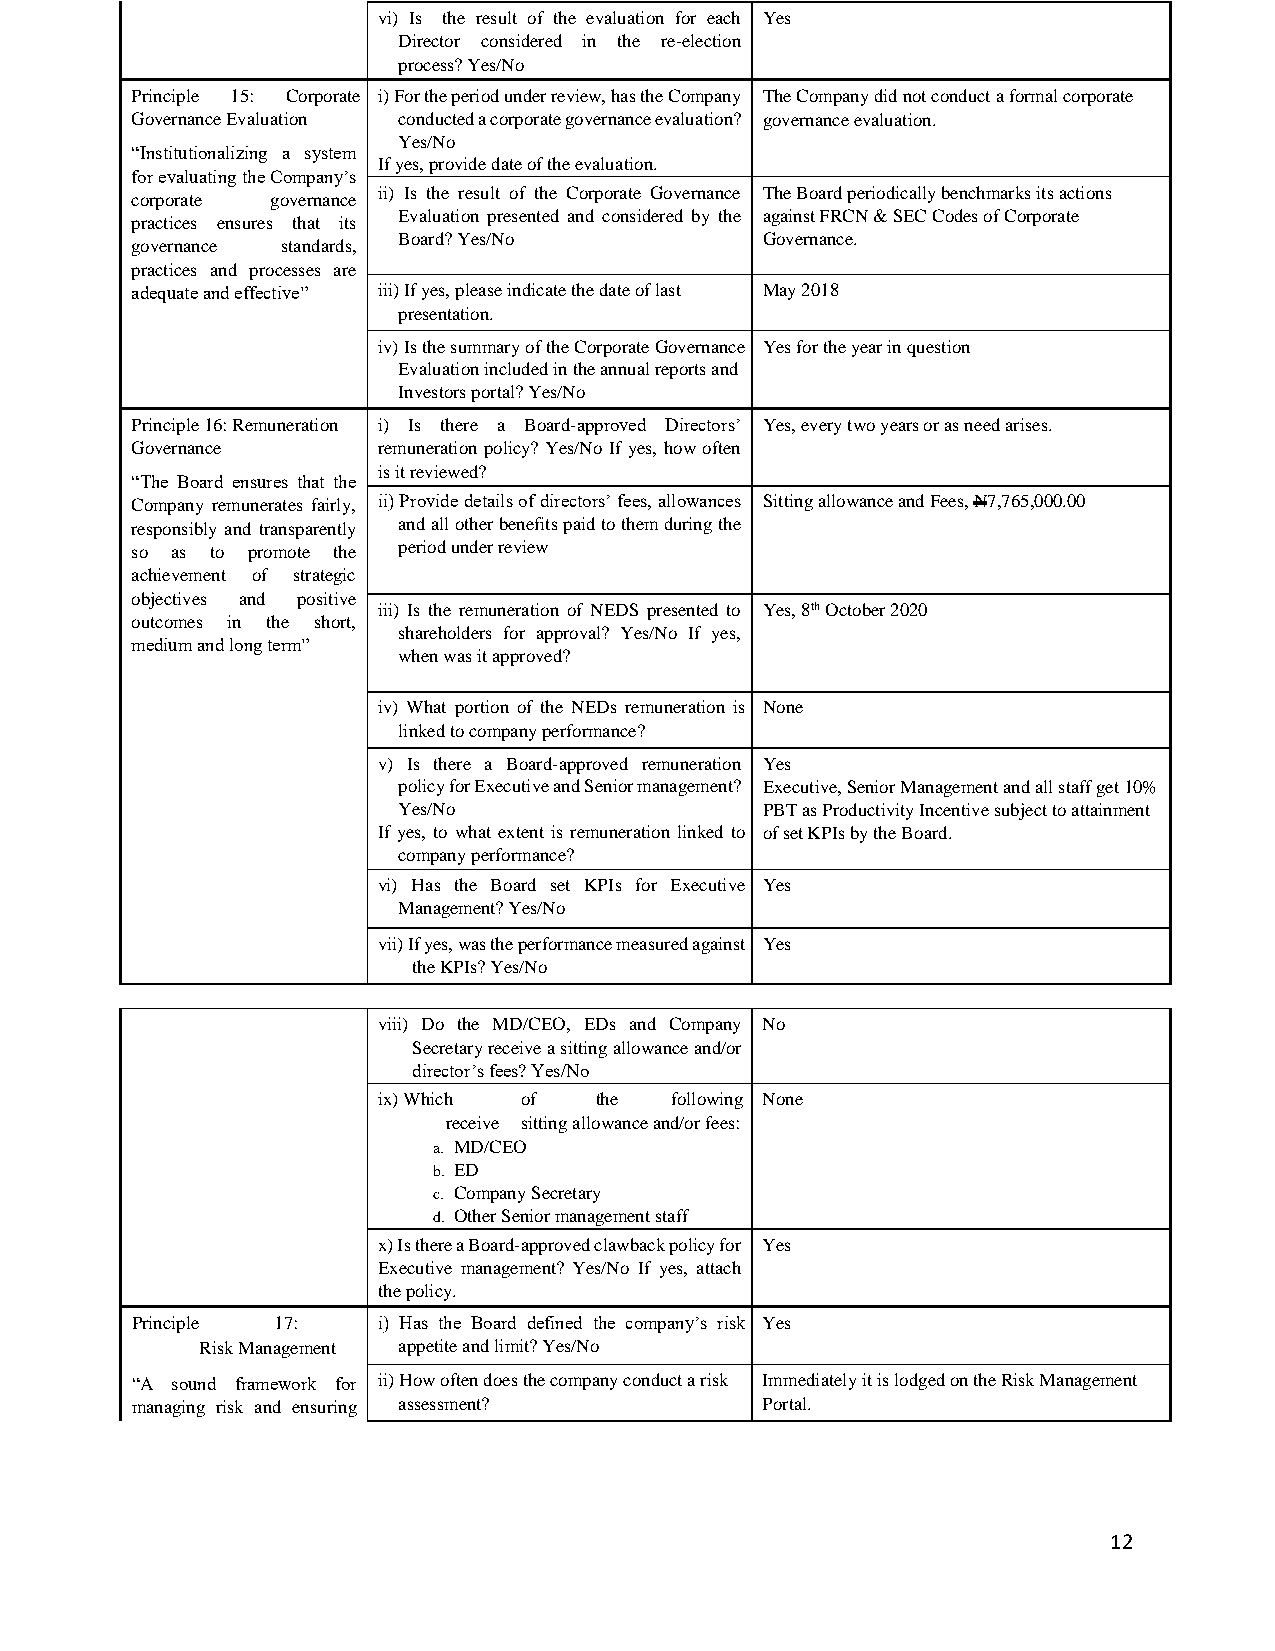
vi) Is the result of the evaluation for each Yes
 Director considered in the re-election
 process? Yes/No
 Principle 15: Corporate i) For the period under review, has the Company The Company did not conduct a formal corporate
 Governance Evaluation conducted a corporate governance evaluation? governance evaluation.
 Yes/No
 “Institutionalizing a system
 If yes, provide date of the evaluation.
 for evaluating the Company’s
 ii) Is the result of the Corporate Governance The Board periodically benchmarks its actions
 corporate governance
 Evaluation presented and considered by the against FRCN & SEC Codes of Corporate
 practices ensures that its
 Board? Yes/No           Governance.
 governance standards,
 practices and processes are
 adequate and effective” iii) If yes, please indicate the date of last May 2018
 presentation.
 iv) Is the summary of the Corporate Governance Yes for the year in question
 Evaluation included in the annual reports and
 Investors portal? Yes/No
 Principle 16: Remuneration i) Is there a Board-approved Directors’ Yes, every two years or as need arises.
 Governance      remuneration policy? Yes/No If yes, how often
 is it reviewed?
 “The Board ensures that the
 Company remunerates fairly, ii) Provide details of directors’ fees, allowances Sitting allowance and Fees, N7,765,000.00
 responsibly and transparently and all other benefits paid to them during the
 so as to promote the period under review
 achievement of strategic
 objectives and positive
 iii) Is the remuneration of NEDS presented to Yes, 8th October 2020
 outcomes in the short,
 shareholders for approval? Yes/No If yes,
 medium and long term”
 when was it approved?
 iv) What portion of the NEDs remuneration is None
 linked to company performance?
 v) Is there a Board-approved remuneration Yes
 policy for Executive and Senior management? Executive, Senior Management and all staff get 10%
 Yes/No                  PBT as Productivity Incentive subject to attainment
 If yes, to what extent is remuneration linked to of set KPIs by the Board.
 company performance?
 vi) Has the Board set KPIs for Executive Yes
 Management? Yes/No
 vii) If yes, was the performance measured against Yes
 the KPIs? Yes/No
 viii) Do the MD/CEO, EDs and Company No
 Secretary receive a sitting allowance and/or
 director’s fees? Yes/No
 ix) Which of  the  following None
 receive sitting allowance and/or fees:
 a. MD/CEO
 b. ED
 c. Company Secretary
 d. Other Senior management staff
 x) Is there a Board-approved clawback policy for Yes
 Executive management? Yes/No If yes, attach
 the policy.
 Principle 17:   i) Has the Board defined the company’s risk Yes
 Risk Management appetite and limit? Yes/No
 “A sound framework for ii) How often does the company conduct a risk Immediately it is lodged on the Risk Management
 managing risk and ensuring assessment?   Portal.
 12